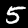
Digit: 5